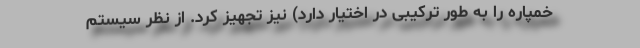
خمپاره را به طور ترکیبی در اختیار دارد) نیز تجهیز کرد. از نظر سیستم